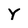
Character: y